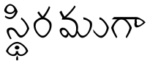
స్థిరముగా